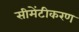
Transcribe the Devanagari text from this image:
सीमेंटीकरण